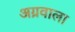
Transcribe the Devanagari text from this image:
अग्रवाला